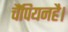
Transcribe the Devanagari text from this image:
चैंपियनहै।